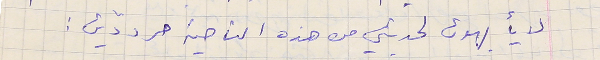
لا يأبهون لحديثي من هذه الناحية مرددّين :